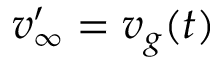
v _ { \infty } ^ { \prime } = v _ { g } ( t )